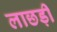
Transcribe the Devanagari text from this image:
लाछड़ी